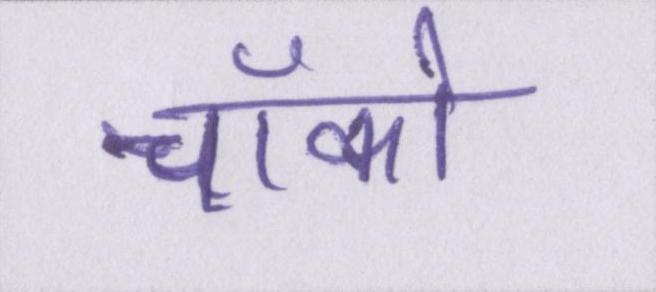
चॉको